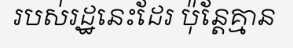
របស់រដ្ឋនេះដែរ ប៉ុន្តែគ្មាន